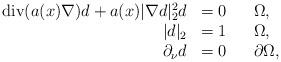
LaTeX: \begin{align*} \begin{array}{rllll} {\rm div}(a(x)\nabla) d +a(x)|\nabla d|_2^2 d &=0 && \Omega,\\ |d|_2&=1 && \Omega,\\ \partial_\nu d &=0 && \partial\Omega, \end{array}\end{align*}